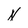
Character: N